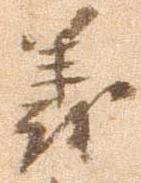
義